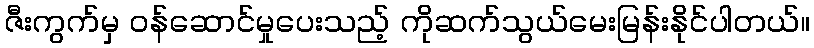
ဇီးကွက်မှ ၀န်ဆောင်မှုပေးသည့် ကိုဆက်သွယ်မေးမြန်းနိုင်ပါတယ်။